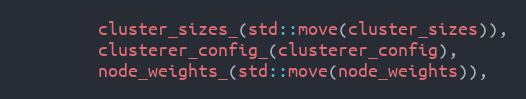
Language: C
        cluster_sizes_(std::move(cluster_sizes)),
        clusterer_config_(clusterer_config),
        node_weights_(std::move(node_weights)),